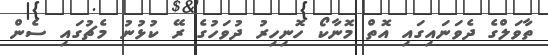
ތާވަލްގެ ދެވަނައިގައި އޮތް މޮނާކޯ ހޮނިހިރު ދުވަހުގެ ރޭ ކުޅުނު މެޗުގައި ސެން